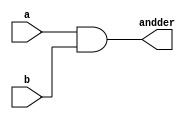
`timescale 1ns / 1ps
//////////////////////////////////////////////////////////////////////////////////
// Company: 
// Engineer: 
// 
// Design Name: 
// Module Name: and
// Project Name: 
// Target Devices: 
// Tool Versions: 
// Description: 
// 
// Dependencies: 
// 
// Revision:
// Revision 0.01 - File Created
// Additional Comments:
// 
//////////////////////////////////////////////////////////////////////////////////


module andder(
    input [31:0]a,
    input [31:0]b,
    output [31:0]andder
    );
assign andder = a&b;
endmodule